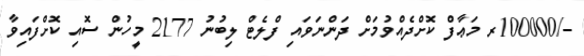
-/100000ރ މަޢާފް ކޮށްދެއްވުމަށް ދަންނަވައި ފްލެޓް ލިބުނު 2177 މީހުން ސޮއި ކޮށްފައިވާ